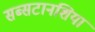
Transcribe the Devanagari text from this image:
सब्सटानशिया